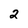
Character: 2